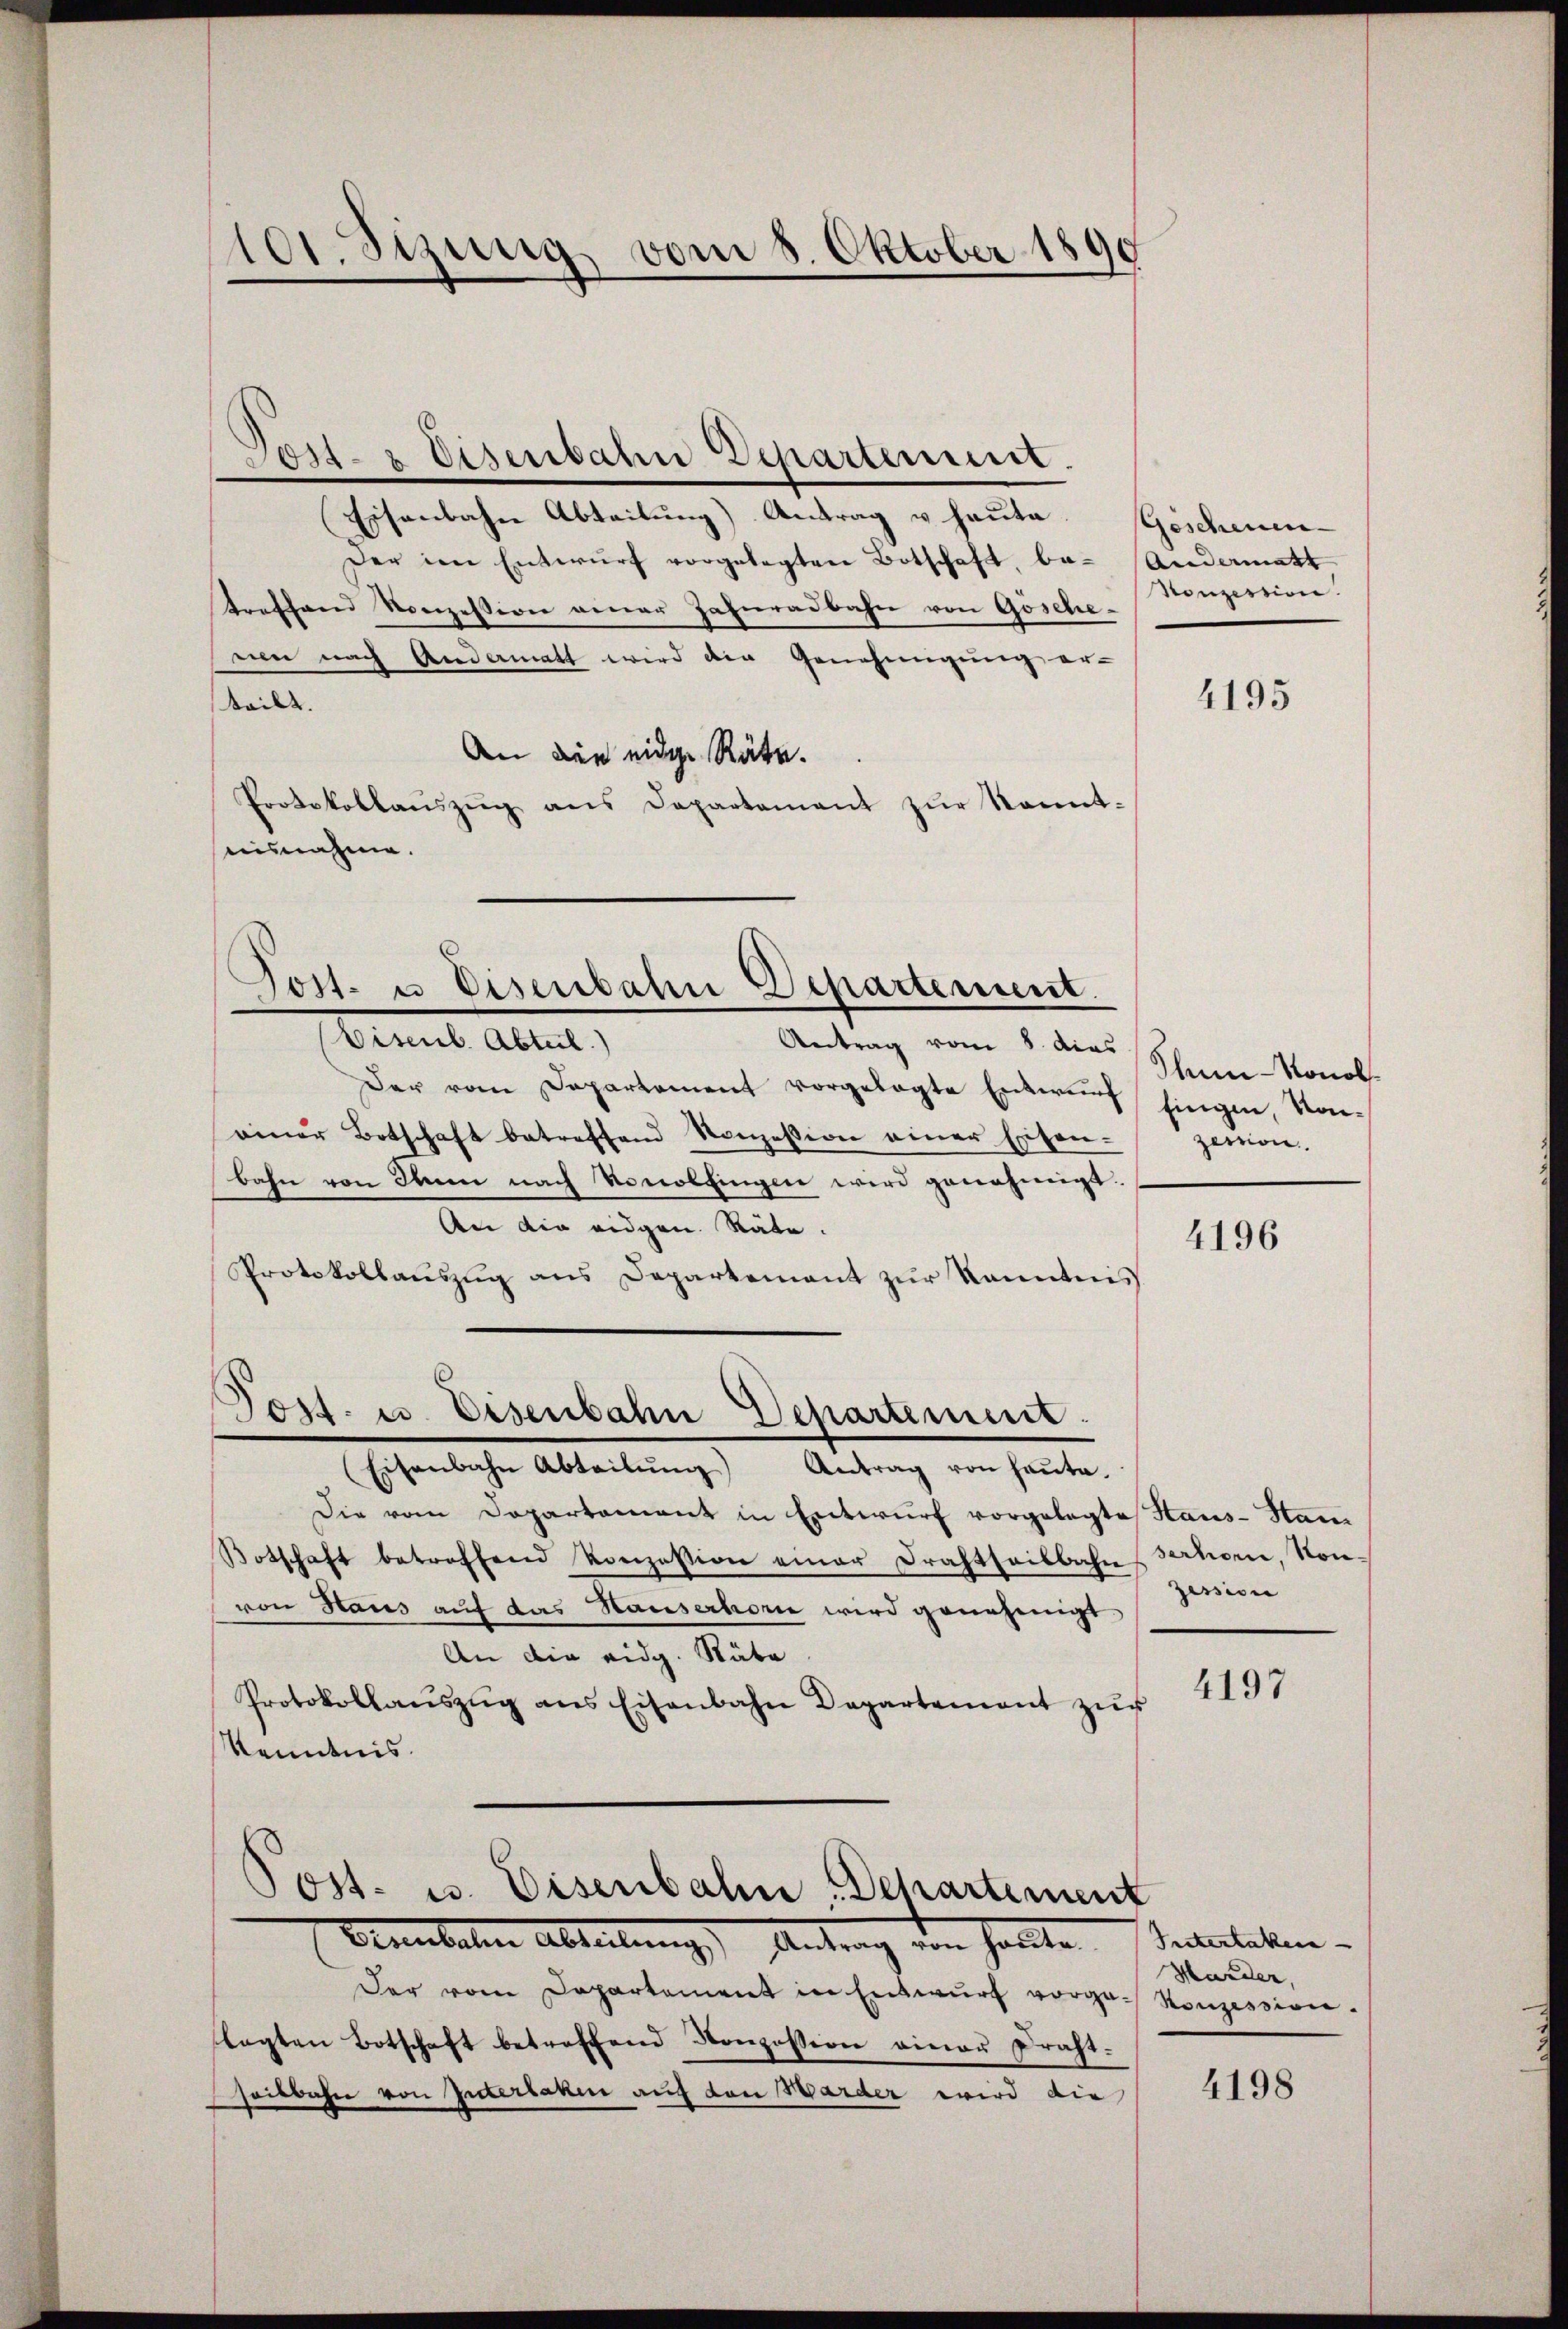
101. Sitzung vom 8. Oktober 1890

Jost- & Eisenbahn Departement.

Eisenbahn Abteilŭng Antrag u. haute. Gescheinen-
Der im Entwurf vorgelegten Botschaft, be- (Andermatt
treffend Vonzession einer Zahnradbahn von Gösche-
en nach Andermatt wird die Genehmigung er-
keilt. |
An die eidge Räte.
Protokollaŭszŭg ans Departement zŭr Kennt-
ausnahme.
Eisenb. Abteil.
Antrag vom 8. dies
Der vom Departement vorgelegte Entwurf hingen, Kon-
einer Botschaft betreffend Konzession einer Eisen- zemon
bahn von denn nach Vonolfingen wird genehmigt.
An die eidgen. Stäte.
Protokollaŭszŭg ans Departement zŭr Kenntnis
Post. u. Eisenbahn Departement.
(Eisenbahn Abteilŭng Antrag von heŭte.
Die vom Departament in Entwurf vorgelegte Haus- Han
Botschaft betroffend Konzesion einer Drahtheilbahn
von Haus auf das Hauserhorn wird genehmigt.
An die eidg. Räte
Protokollaŭszŭg ans Eisenbahn Departement zŭr
Kenntnis.

-

Post- u. Eisenbahn Departement.

Post- u. Eisenbahn, Departement
Armuteten Abteilung) Antrag von sollte

Honzession.

Der vom Departement in Entwurf vorge- Konzession.
lagten Botschaft betreffend Konzession einer Draht.
seitbahn von Interbaren auf den Warder wird die

4195

Thun-Nonol

4196

serhomi, Konzession

4197

Tintertaten
Harden,

4198